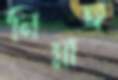
নিম্নাঙ্গ